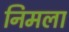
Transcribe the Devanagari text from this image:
निमला